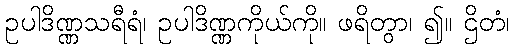
ဥပါဒိဏ္ဏသရီရံ၊ ဥပါဒိဏ္ဏကိုယ်ကို။ ဖရိတွာ၊ ၍။ ဌိတံ၊